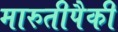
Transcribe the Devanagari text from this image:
मारुतीपैकी